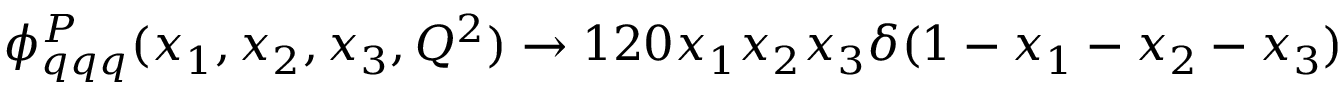
\phi _ { q q q } ^ { P } ( x _ { 1 } , x _ { 2 } , x _ { 3 } , Q ^ { 2 } ) \rightarrow 1 2 0 x _ { 1 } x _ { 2 } x _ { 3 } \delta ( 1 - x _ { 1 } - x _ { 2 } - x _ { 3 } )